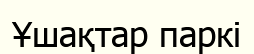
Ұшақтар паркі